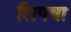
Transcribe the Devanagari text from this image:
लिगचा